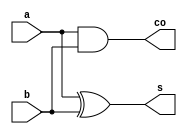
`timescale 1ns/1ps

module half_adder(input   wire a,
                  input   wire b,
		  output  wire s,
		  output  wire co);

  assign s  = a ^ b;
  assign co = a & b;
endmodule